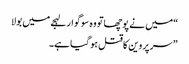
“ میں نے پوچھاتو وہ سوگوار لہجے میں بولا
” سر پروین کا قتل ہو گیا ہے۔